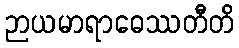
ဉာယမာရာဓေဿတီတိ